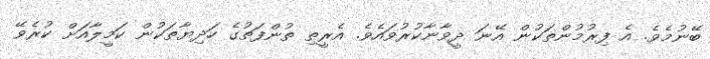
ބޭނުމެވެ. އެ ފިރުމުންތަކުން އޭނަ ދީވާނާކުރުވައެވެ. އެރީތި ތުންފަތުގެ ހަދިޔާތަކުން ކަމީލާއަށް ކުރެވޭ